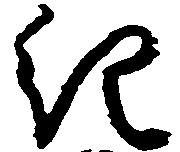
紀